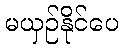
မယှဉ်နိုင်ပေ